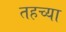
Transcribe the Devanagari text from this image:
तहच्या